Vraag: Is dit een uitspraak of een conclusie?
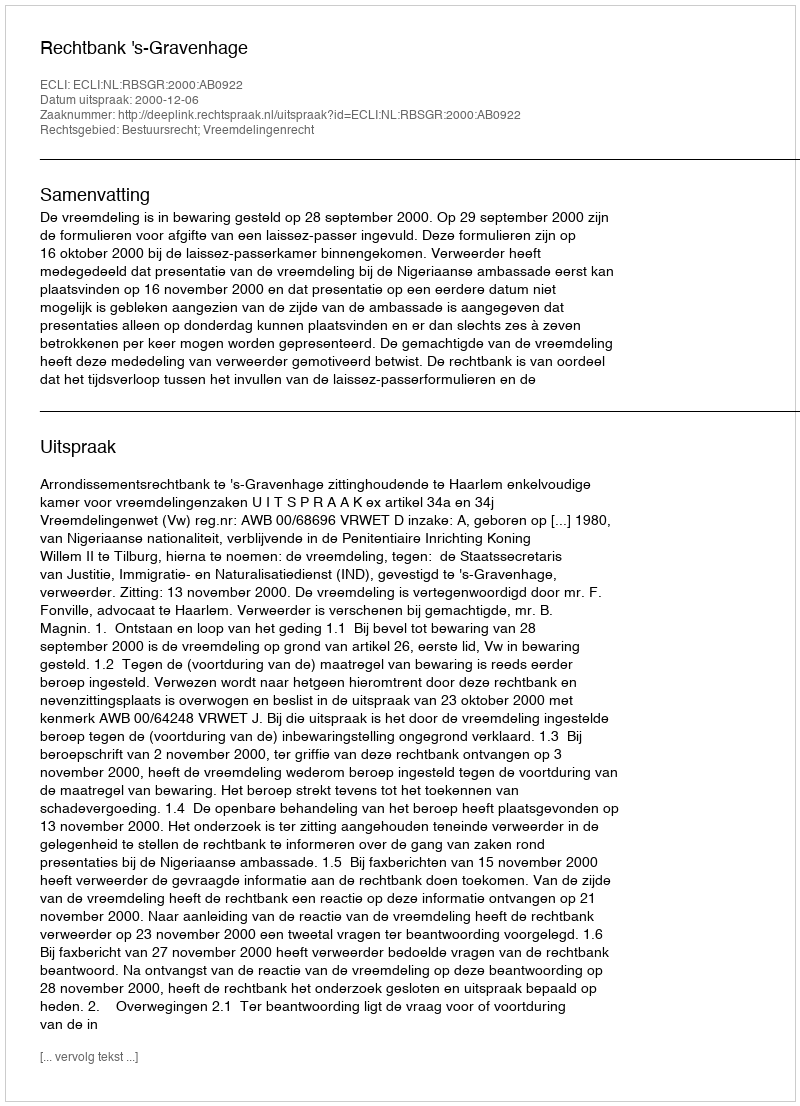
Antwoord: Uitspraak